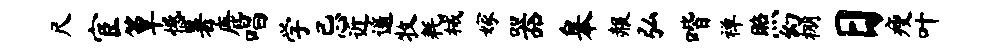
尺宦簟憾暑鹿唱学忌近遥牧耗械嫁器皋赧弘喈禅照幻棚日瘦叶